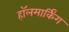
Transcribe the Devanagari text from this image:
हॉलमार्किंग